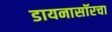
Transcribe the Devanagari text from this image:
डायनासॉरचा